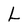
Character: L